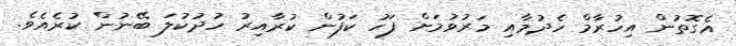
އެގޮތުން އިހުރާމް ހެދުމާއި މަރުވުމަށް ފަހު ކަފުން ކުރާއިރު ހުދުކުލަ ބޭނުން ކުރެއެވެ.